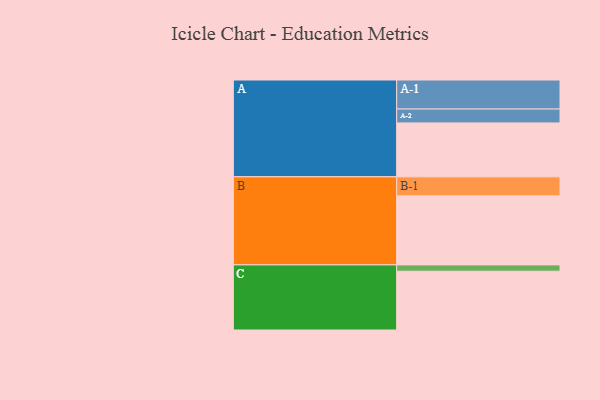
{"axis": {"x": "Segment", "y": "Value"}, "legend": ["", "A", "B", "C"], "data": [{"x": "A", "y": 442, "type": ""}, {"x": "B", "y": 566, "type": ""}, {"x": "C", "y": 482, "type": ""}, {"x": "A-1", "y": 238, "type": "A"}, {"x": "A-2", "y": 114, "type": "A"}, {"x": "B-1", "y": 156, "type": "B"}, {"x": "C-1", "y": 52, "type": "C"}]}